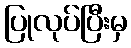
ပြုလုပ်ပြီးမှ